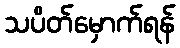
သပိတ်မှောက်ရန်